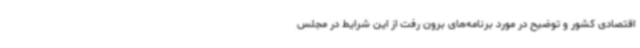
اقتصادی کشور و توضیح در مورد برنامه‌های برون رفت از این شرایط در مجلس